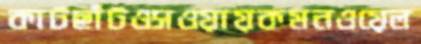
কাটছাঁটওসওয়ায়কমনওয়েল